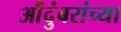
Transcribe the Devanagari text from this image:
औंदुंबरांच्या